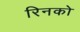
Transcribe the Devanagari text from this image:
रिनको